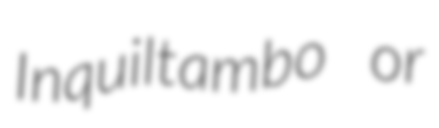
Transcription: Inquiltambo or